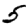
Digit: 5